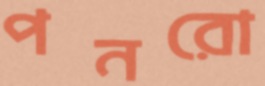
পনরো